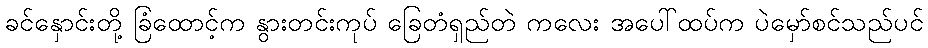
ခင်နှောင်းတို့ ခြံထောင့်က နွားတင်းကုပ် ခြေတံရှည်တဲ ကလေး အပေါ်ထပ်က ပဲမှော်စင်သည်ပင်